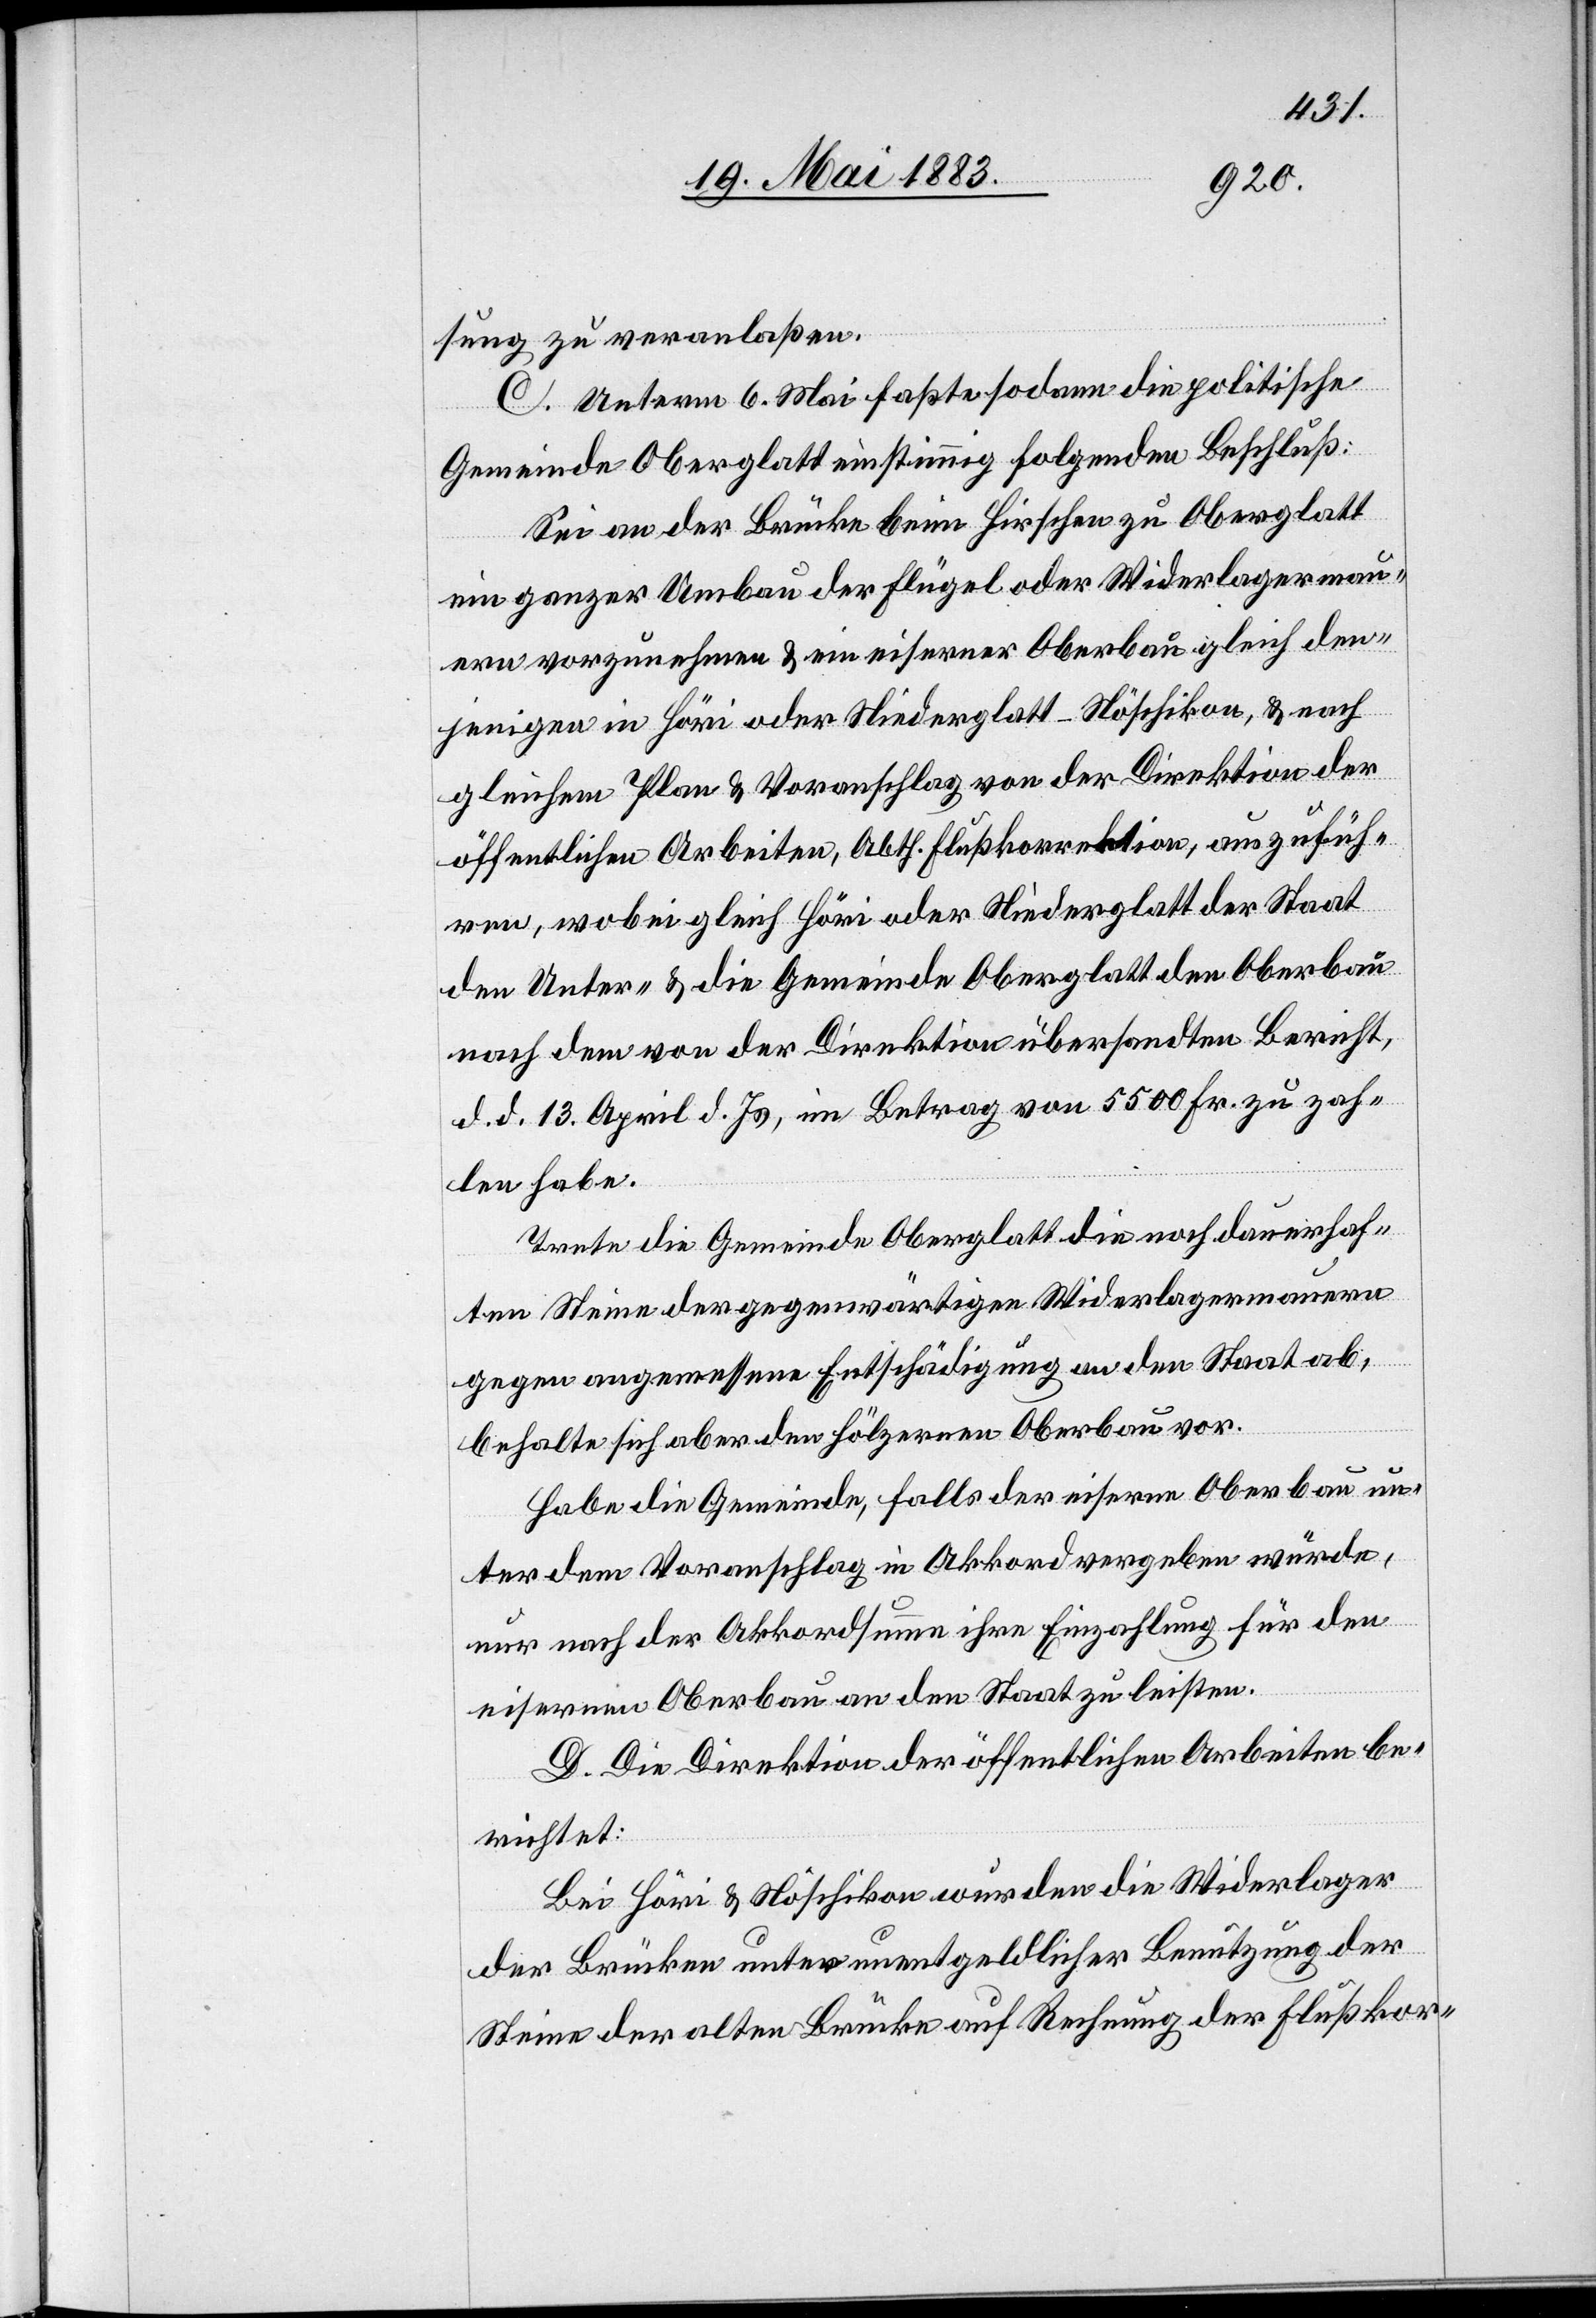
sung zu veranlaßen.
C. Unterm 6. Mai faßte sodann die politische
Gemeinde Oberglatt einstimmig folgenden Beschluß:
Sei an der Brücke beim Hirschen zu Oberglatt
ein ganzer Umbau der Flügel oder Widerlagermau¬
ern vorzunehmen & ein eiserner Oberbau gleich den¬
jenigen in Höri oder Niederglatt–Nöschikon, & nach
gleichem Plan & Voranschlag von der Direktion der
öffentlichen Arbeiten, Abth. Flußkorrektion, auszufüh¬
ren, wobei gleich Höri oder Niederglatt der Staat
den Unter- & die Gemeinde Oberglatt den Oberbau
nach dem von der Direktion übersandten Bericht,
d. d. 13. April d. Js., im Betrag von 5500 Fr. zu zah¬
len habe.
Trete die Gemeinde Oberglatt die noch dauerhaf¬
ten Steine der gegenwärtigen Widerlagermauern
gegen angemessene Entschädigung an den Staat ab,
behalte sich aber den hölzernen Oberbau vor.
Habe die Gemeinde, falls der eiserne Oberbau un¬
ter dem Voranschlag in Akkord vergeben würde,
nur nach der Akkordsumme ihre Einzahlung für den
eisernen Oberbau an den Staat zu leisten.
D. Die Direktion der öffentlichen Arbeiten be¬
richtet:
Bei Höri & Nöschikon wurden die Widerlager
der Brücken unter unentgeldlicher Benutzung der
Steine der alten Brücke auf Rechnung der Flußkor-